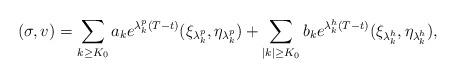
LaTeX: \begin{align*}(\sigma,v) = \sum_{k\geq K_0}a_k e^{\lambda^p_k (T-t)} (\xi_{\lambda^p_k}, \eta_{\lambda^p_k}) + \sum_{|k|\geq K_0} b_k e^{\lambda^h_k(T-t)} (\xi_{\lambda^h_k}, \eta_{\lambda^h_k} ) ,\end{align*}